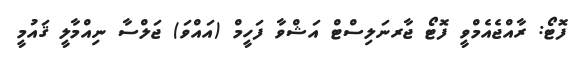
ފޮޓޯ: ރާއްޖެއެމްވީ ފޮޓޯ ޖާރނަލިސްޓް އަޝްވާ ފަހީމް (އައްވަ) ޖަލްސާ ނިއްމާލީ ޤައުމީ